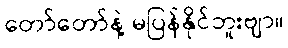
တော်တော်နဲ့ မပြန်နိုင်ဘူးဗျာ။